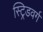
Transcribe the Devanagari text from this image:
स्ट्रिडवर्ग